Scottish Certificate of Education, 1963
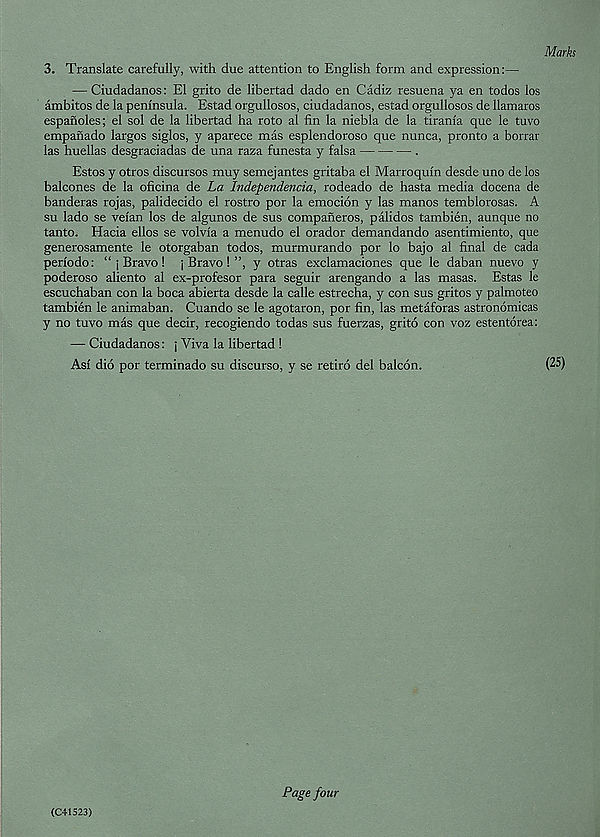
Marks
3. Translate carefully, with due attention to English form and expression:—
— Ciudadanos: El grito de libertad dado en Cadiz resuena ya en todos los
ambitos de la peninsula. Estad orgullosos, ciudadanos, estad orgullosos de llamaros
espanoles; el sol de la libertad ha roto al fin la niebla de la tirania que le tuvo
empanado largos siglos, y aparece mas esplendoroso que nunca, pronto a borrar
las huellas desgraciadas de una raza funesta y falsa
.
Estos y otros discursos muy semej antes gritaba el Marroquin desde uno de los
balcones de la oficina de La Independencia, rodeado de hasta media docena de
banderas rojas, palidecido el rostro por la emocion y las manos temblorosas. A
su lado se veian los de algunos de sus companeros, palidos tambien, aunque no
tanto. Hacia ellos se volvia a menudo el orador demandando asentimiento, que
generosamente le otorgaban todos, murmurando por lo bajo al final de cada
periodo: “ j Bravo ! j Bravo ! ”, y otras exclamaciones que le daban nuevo y
poderoso aliento al ex-profesor para seguir arengando a las masas. Estas le
escuchaban con la boca abierta desde la calle estrecha, y con sus gritos y palmoteo
tambien le animaban. Cuando se le agotaron, por fin, las metaforas astronomicas
y no tuvo mas que decir, recogiendo todas sus fuerzas, grito con voz estentorea:
— Ciudadanos: j Viva la libertad !
Asi did por terminado su discurso, y se retiro del balcon.
(C41523)
Page four
(25)